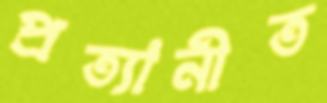
প্রত্যানীত